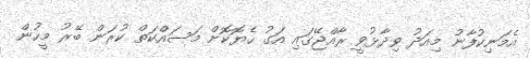
އެމަނިކުފާނު މިއަދު ވިދާޅުވީ ރާއްޖޭގައި އަގު ހެޔޮކޮށް މަސައްކަތް ކުރަން ބޭރު މީހުން